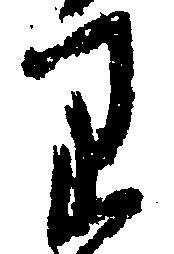
り